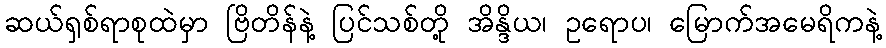
ဆယ်ရှစ်ရာစုထဲမှာ ဗြိတိန်နဲ့ ပြင်သစ်တို့ အိန္ဒိယ၊ ဥရောပ၊ မြောက်အမေရိကနဲ့